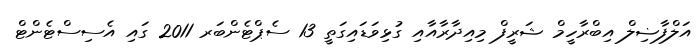
އަލްފާޟިލް އިބްރާހީމް ޝަރީފް މިއިދާރާއާއި ގުޅިވަޑައިގަތީ 13 ސެޕްޓެންބަރ 2011 ގައި އެސިސްޓެންޓް